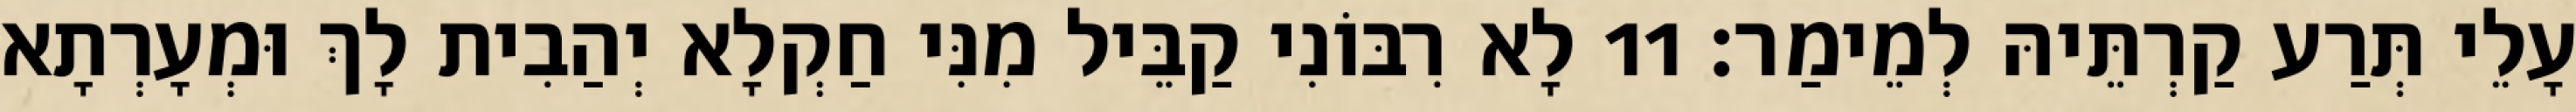
עָלֵי תְּרַע קַרְתֵּיהּ לְמֵימַר׃ 11 לָא רִבּוֹנִי קַבֵּיל מִנִּי חַקְלָא יְהַבִית לָךְ וּמְעָרְתָא